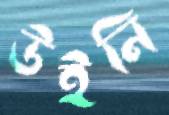
উইনি